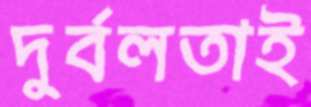
দুর্বলতাই